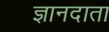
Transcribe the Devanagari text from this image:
ज्ञानदाता